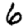
Digit: 6